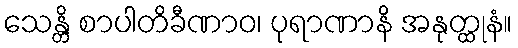
သေန္တိ စာပါတိခီဏာဝ၊ ပုရာဏာနိ အနုတ္ထုနံ။